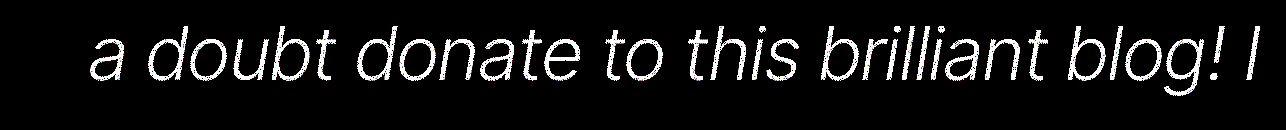
a doubt donate to this brilliant blog! I